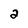
Character: 2